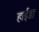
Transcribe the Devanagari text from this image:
हाईडा